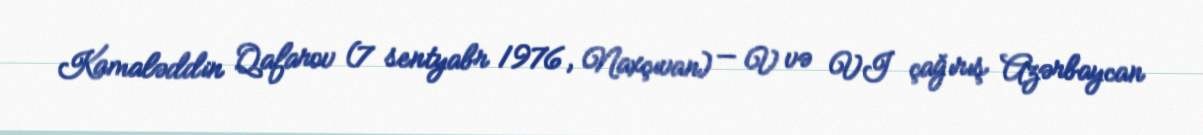
Kamaləddin Qafarov (7 sentyabr 1976, Naxçıvan) — V və VI çağırış Azərbaycan